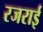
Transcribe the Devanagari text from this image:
रजराई